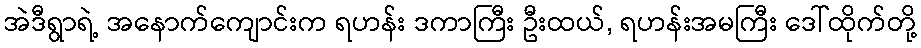
အဲဒီရွာရဲ့ အနောက်ကျောင်းက ရဟန်း ဒကာကြီး ဦးထယ်, ရဟန်းအမကြီး ဒေါ်ထိုက်တို့